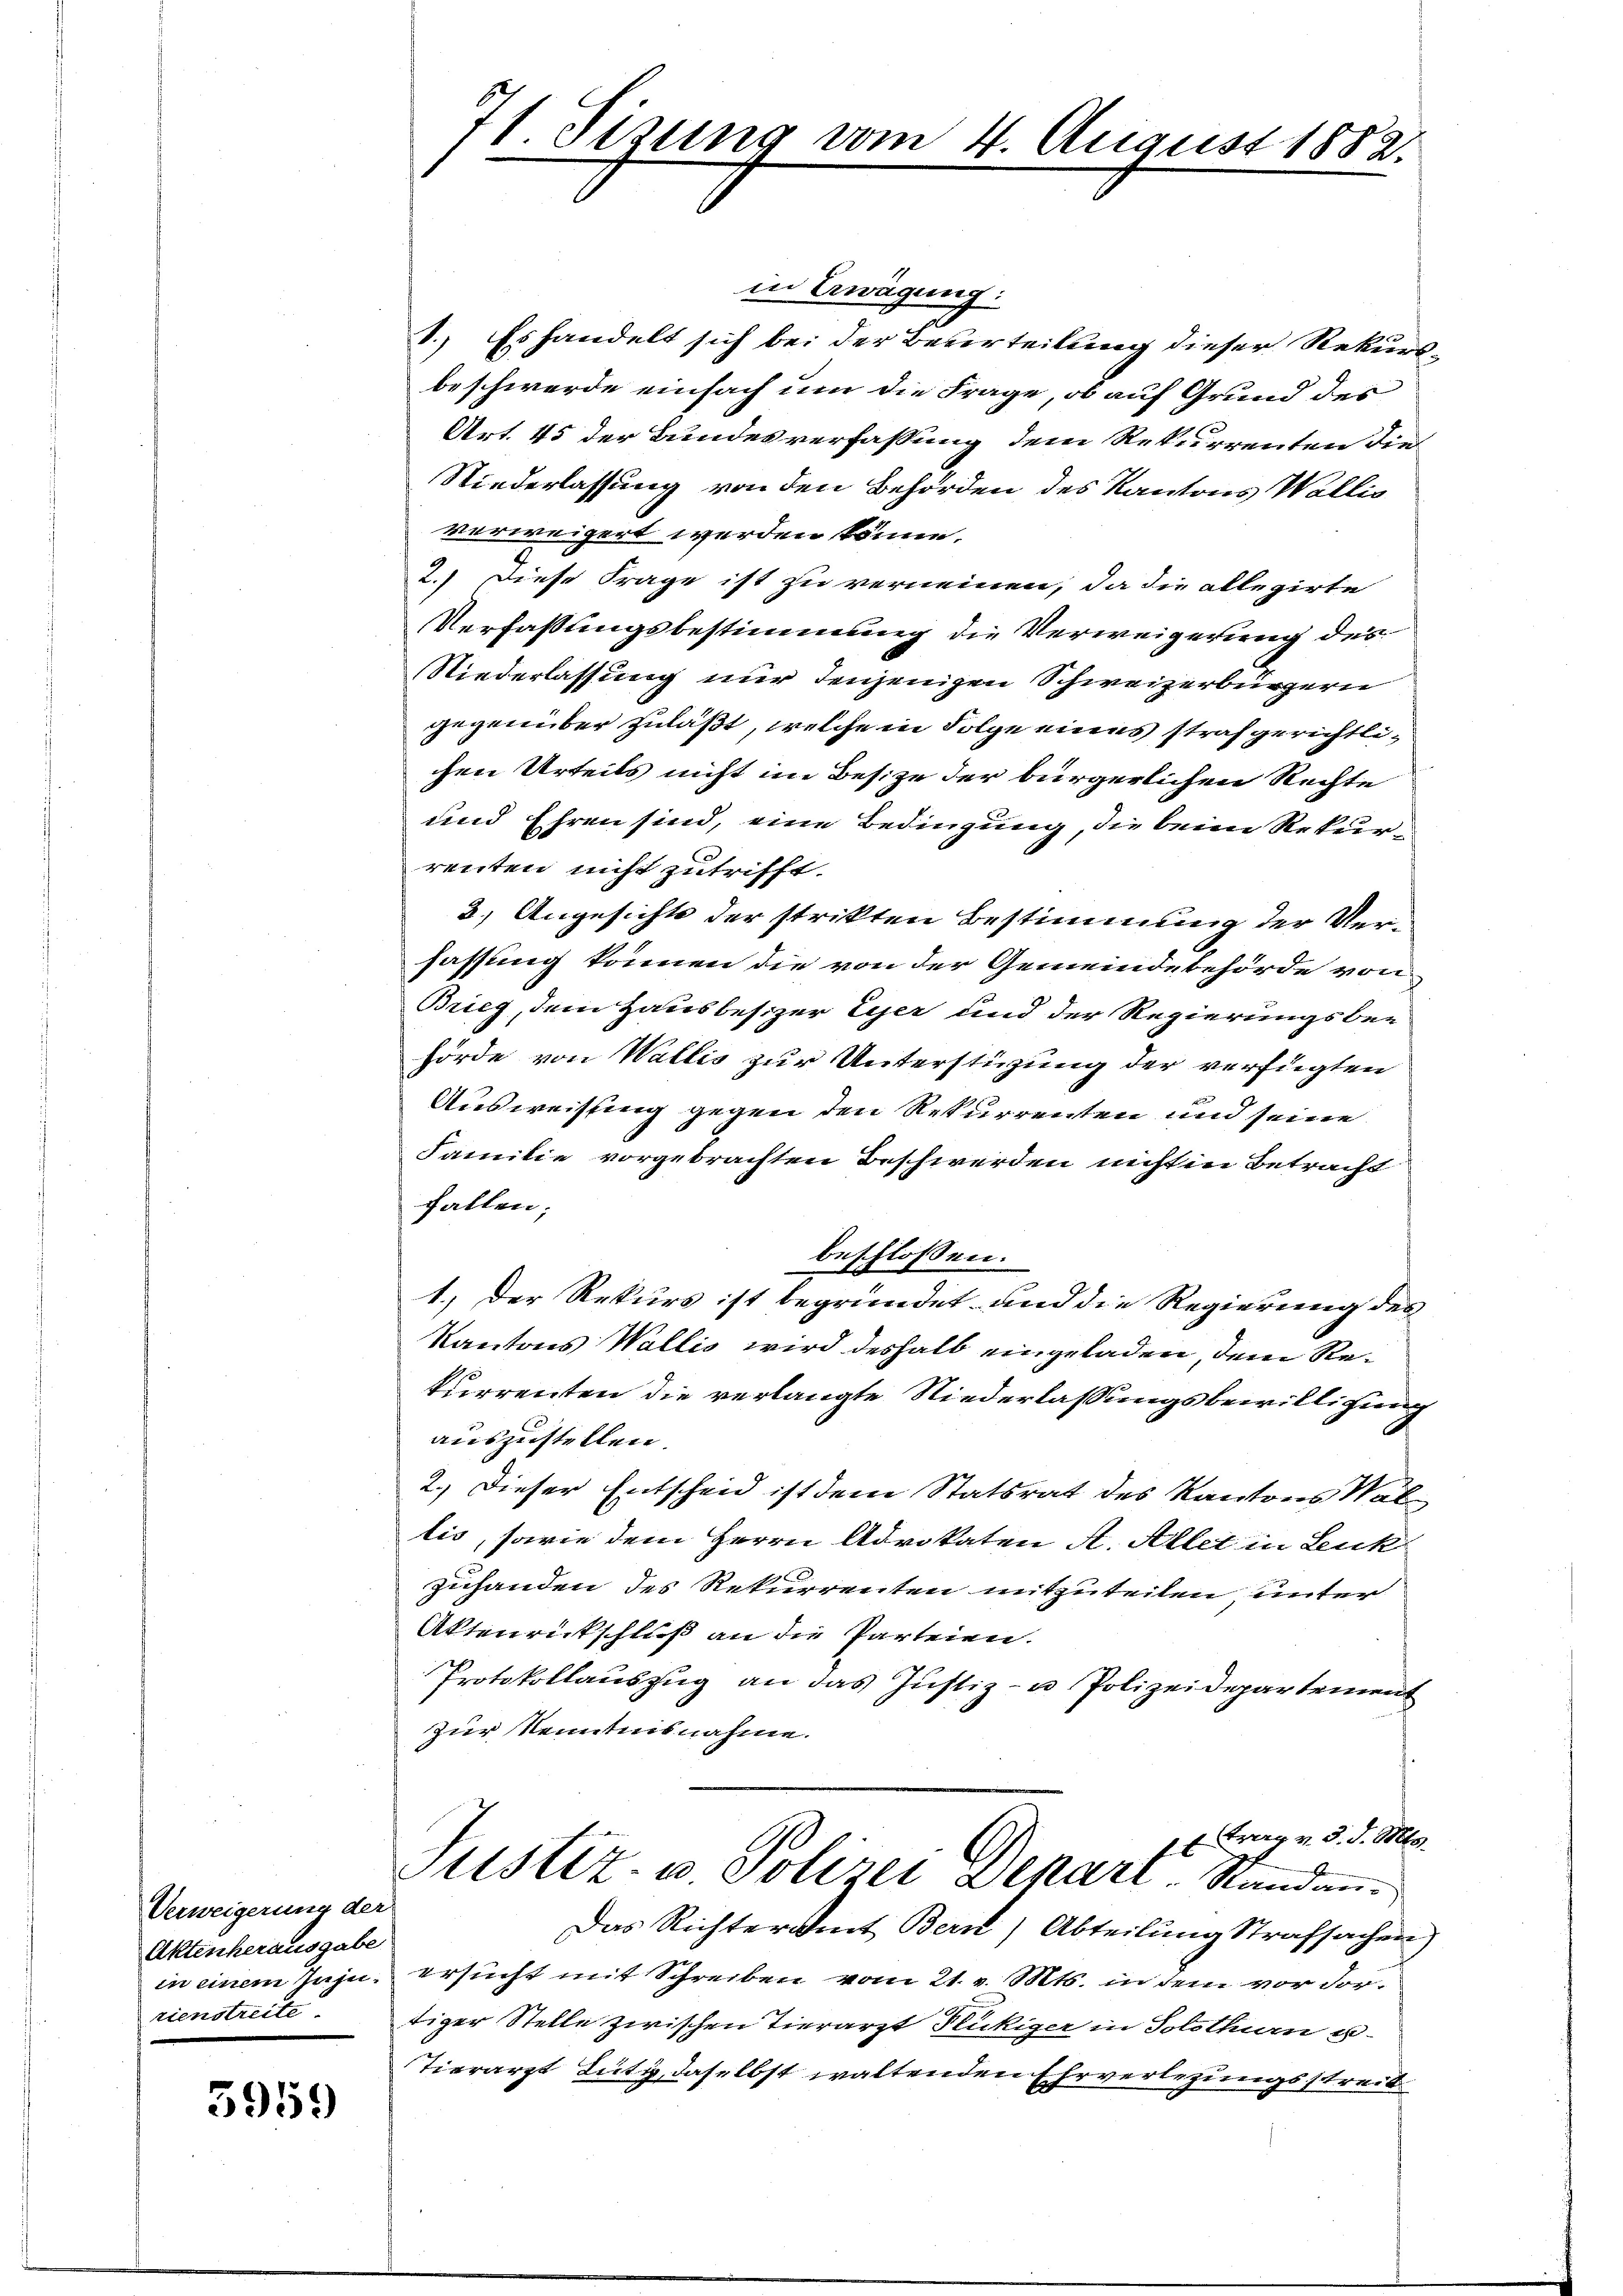
Verweigerung der
Aktenherausgabe
in einem Jahn.
rienstreits

5919)

71. Sizung vom 4. August 1882.

in Erwägung:
1.) Es handelt sich bei der Beverteilung dieser Rekursbeschwerde einfach um die Frage, ob auf Grund des
Art. 45 der Bundesverfassung dem Rekurrenten die
Niederlassung von den Behörden des Kantons Wallis
verweigert werden könne.
2.) Diese Frage ist zu verneinen, da die allegirte
Verfassungsbestimmung die Verweigerung des
Niederlassung nur denjenigen Schweizerbürgern
gegenüber zuläßt, welche in Folge eines strafgerichtlichen Urteils nicht im Besize der bürgerlichen Rechte
und Ehren sind, eine Bedingung, die beim Rekurrenten nicht zutrifft.
2.) Angesichte der strikten Bestimmung der Verfassung können die von der Gemeindebehörde von
Brieg, dem Hausbesizer Euer und der Regierungsbe-
hörde von Wallis zur Unterstüzung der verfügten
Ausweissung gegen den Rekurrenten und seine
Familie vorgebrachten Beschwerden nicht in Betracht
fallen;
beschlossen:
1.) Der Rekurs ist begründet und die Regierung des
Kantons Wallis wird deshalb eingeladen, dem Rekurrenten die verlangte Niederlassungsbewilligung
auszustellen.
2.) Dieser Entscheid ist dem Statsrat des Kantons Wal
tis, sowie dem Herrn Advokaten A. Allet in Leuk
zuhanden des Rekurrenten mitzuteilen unter
Aktenrückschluß an die Parteien.
Protokollauszug an das Justiz- u Polizeidepartement
zur Kenntnisnahme.
x Frag v. d. d. Mts.
Justiz- u Polizei Scharl. Standan¬
Das Richteramt Bern, Abteilung Strafsachen
ersucht mit Schreiben vom 21. v. Mts. in dem vor dortiger Stelle zwischen Tierarzt Flückiger in Solothurn er-
Tierarzt Lütz, daselbst waltenden Ehrverlegungsstreit